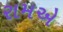
રામએ